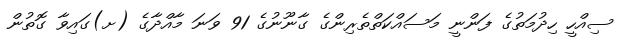
ސިއްހީ ހިދުމަތުގެ ފަންނީ މަސައްކަތްތެރިންގެ ގާނޫނުގެ 91 ވަނަ މާއްދާގެ (ށ)ގައިވާ ގޮތުން